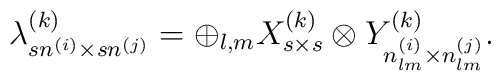
\lambda^{(k)}_{sn^{(i)}\times sn^{(j)}}=\oplus_{l,m}X^{(k)}_{s\times s}\otimes Y^{(k)}_{n^{(i)}_{lm}\times n^{(j)}_{lm}}.